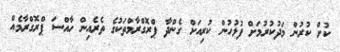
ކުށް ކުރުން މަދުކުރުމަށް ފުލުހުން ކުރިއަށް ގެންދާ ޕްރޮގްރާމްތަކުގެ ތެރެއިން ހާއްސަ ޕްރޮގްރާމެއް